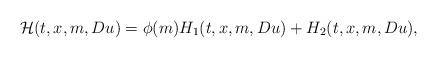
LaTeX: \begin{align*}\mathcal{H}(t,x,m,Du)=\phi(m)H_{1}(t,x,m,Du)+H_{2}(t,x,m,Du),\end{align*}